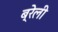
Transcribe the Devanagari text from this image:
ब्रेली